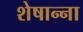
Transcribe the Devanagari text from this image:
शेषान्ना